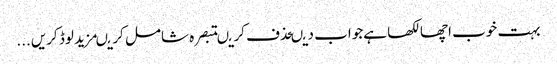
بہت خوب اچھا لکھا ہےجواب دیںحذف کریںتبصرہ شامل کریںمزید لوڈ کریں...